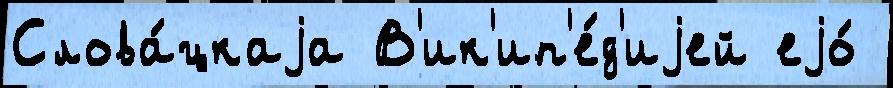
Слова́цкаjа В'ик'ип'е́д'иjей еjо́